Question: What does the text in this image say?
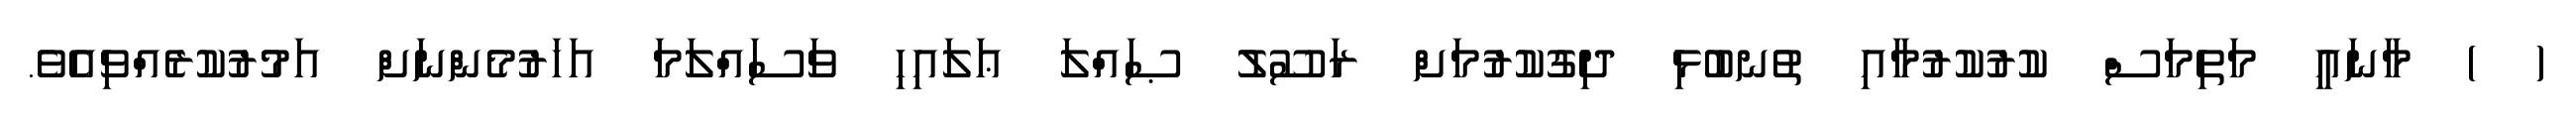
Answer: ( ) މާނައީ މަތިމަސް ކުރުކުރުމާއި ތުނބުޅި ދިގުކުރުމަށް ރަސޫލު ޞައްލަ ޢަލައިހި ވަސައްލަމަ އަހަރުމެންނަށް އަމުރުކުރެއްވިއެވެ.